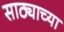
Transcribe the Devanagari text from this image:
साठ्याच्या